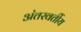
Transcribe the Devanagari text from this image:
अंतरवर्तीय